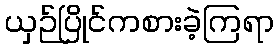
ယှဉ်ပြိုင်ကစားခဲ့ကြရာ